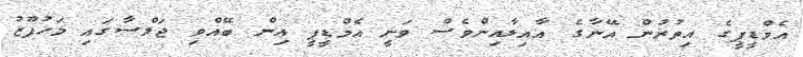
އެމްޑީޕީގެ އިތުރުން އޭނާގެ އާއިލާއިންވެސް ވަނީ އެމްޑީޕީ އިން ބޭއްވި ޖަލްސާގައި މަހުފޫޒު